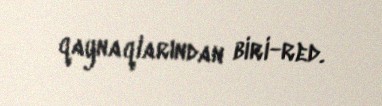
qaynaqlarından biri-red.